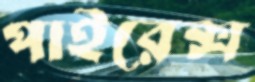
পাইরেক্স